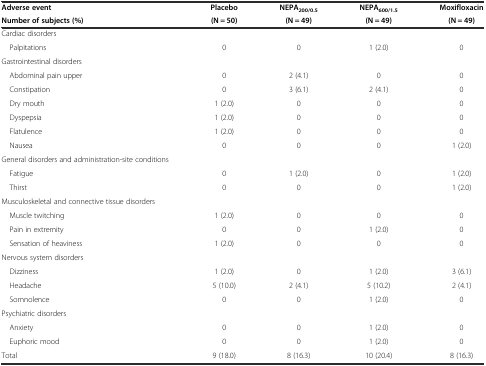
<table><thead><tr><td><b>Adverse event</b></td><td><b>Placebo</b></td><td><b>NEPA<sub>200/0.5</sub></b></td><td><b>NEPA<sub>600/1.5</sub></b></td><td><b>Moxifloxacin</b></td></tr><tr><td><b>Number of subjects (%)</b></td><td><b>(N = 50)</b></td><td><b>(N = 49)</b></td><td><b>(N = 49)</b></td><td><b>(N = 49)</b></td></tr></thead><tbody><tr><td>Cardiac disorders</td><td></td><td></td><td></td><td></td></tr><tr><td> Palpitations</td><td>0</td><td>0</td><td>1 (2.0)</td><td>0</td></tr><tr><td>Gastrointestinal disorders</td><td></td><td></td><td></td><td></td></tr><tr><td> Abdominal pain upper</td><td>0</td><td>2 (4.1)</td><td>0</td><td>0</td></tr><tr><td> Constipation</td><td>0</td><td>3 (6.1)</td><td>2 (4.1)</td><td>0</td></tr><tr><td> Dry mouth</td><td>1 (2.0)</td><td>0</td><td>0</td><td>0</td></tr><tr><td> Dyspepsia</td><td>1 (2.0)</td><td>0</td><td>0</td><td>0</td></tr><tr><td> Flatulence</td><td>1 (2.0)</td><td>0</td><td>0</td><td>0</td></tr><tr><td> Nausea</td><td>0</td><td>0</td><td>0</td><td>1 (2.0)</td></tr><tr><td>General disorders and administration-site conditions</td><td></td><td></td><td></td><td></td></tr><tr><td> Fatigue</td><td>0</td><td>1 (2.0)</td><td>0</td><td>1 (2.0)</td></tr><tr><td> Thirst</td><td>0</td><td>0</td><td>0</td><td>1 (2.0)</td></tr><tr><td>Musculoskeletal and connective tissue disorders</td><td></td><td></td><td></td><td></td></tr><tr><td> Muscle twitching</td><td>1 (2.0)</td><td>0</td><td>0</td><td>0</td></tr><tr><td> Pain in extremity</td><td>0</td><td>0</td><td>1 (2.0)</td><td>0</td></tr><tr><td> Sensation of heaviness</td><td>1 (2.0)</td><td>0</td><td>0</td><td>0</td></tr><tr><td>Nervous system disorders</td><td></td><td></td><td></td><td></td></tr><tr><td> Dizziness</td><td>1 (2.0)</td><td>0</td><td>1 (2.0)</td><td>3 (6.1)</td></tr><tr><td> Headache</td><td>5 (10.0)</td><td>2 (4.1)</td><td>5 (10.2)</td><td>2 (4.1)</td></tr><tr><td> Somnolence</td><td>0</td><td>0</td><td>1 (2.0)</td><td>0</td></tr><tr><td>Psychiatric disorders</td><td></td><td></td><td></td><td></td></tr><tr><td> Anxiety</td><td>0</td><td>0</td><td>1 (2.0)</td><td>0</td></tr><tr><td> Euphoric mood</td><td>0</td><td>0</td><td>1 (2.0)</td><td>0</td></tr><tr><td>Total</td><td>9 (18.0)</td><td>8 (16.3)</td><td>10 (20.4)</td><td>8 (16.3)</td></tr></tbody></table>